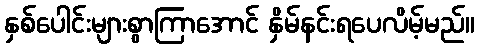
နှစ်ပေါင်းများစွာကြာအောင် နှိမ်နင်းရပေလိမ့်မည်။